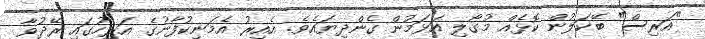
"އަރިސް" ބޭކަލުން ކޮޅެއް މުގޯލި އަޅަމުން ގެންދިޔައެވެ. އެއިރު އެމަނިކުފާނުގެ އަރިހުގައި ރޭދުވާ